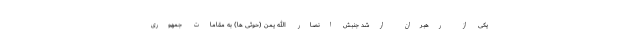
یکی از رهبران ارشد جنبش انصار الله یمن (حوثی ها) به مقامات جمهوری